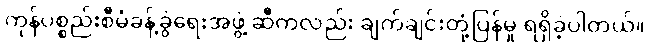
ကုန်ပစ္စည်းစီမံခန့်ခွဲရေးအဖွဲ့ ဆီကလည်း ချက်ချင်းတုံ့ပြန်မှု ရရှိခဲ့ပါတယ်။